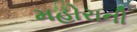
મહોરાની